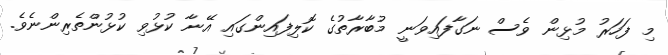
މި ފަހަރު މުޅިން ވެސް ނަގާފައިވަނީ މުބާރާތުގެ ކޮލިފައިންގައި އޭނާ ކުޅުވި ކުޅުންތެރިންނެވެ.